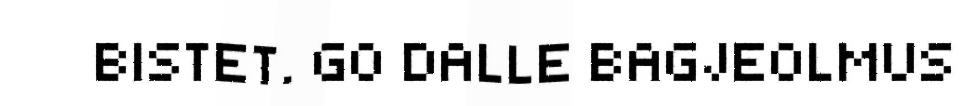
BISTET. GO DALLE BAGJEOLMUS